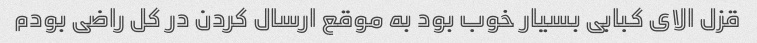
قزل الای کبابی بسیار خوب بود به موقع ارسال کردن در کل راضی بودم